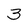
Character: 3